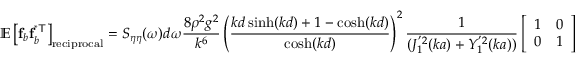
\mathbb { E } \left[ \mathbf { f } _ { b } \mathbf { f } _ { b } ^ { \mathsf { ^ { * } T } } \right] _ { \mathrm { r e c i p r o c a l } } = S _ { \eta \eta } ( \omega ) d \omega \frac { 8 \rho ^ { 2 } g ^ { 2 } } { k ^ { 6 } } \left( \frac { k d \sinh ( k d ) + 1 - \cosh ( k d ) } { \cosh ( k d ) } \right) ^ { 2 } \frac { 1 } { ( J _ { 1 } ^ { ' 2 } ( k a ) + Y _ { 1 } ^ { ' 2 } ( k a ) ) } \left[ \begin{array} { l l } { 1 } & { 0 } \\ { 0 } & { 1 } \end{array} \right]